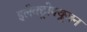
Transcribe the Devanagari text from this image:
इलेक्ट्रोफ्यूज़न